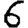
Digit: 6